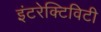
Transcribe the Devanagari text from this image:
इंटरेक्टिविटी